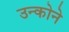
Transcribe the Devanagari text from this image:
उन्कोने